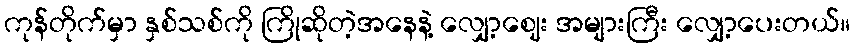
ကုန်တိုက်မှာ နှစ်သစ်ကို ကြိုဆိုတဲ့အနေနဲ့ လျှော့ဈေး အများကြီး လျှော့ပေးတယ်။